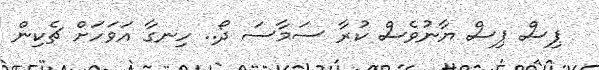
ޕިސް ޕިސް ޔާނުވެސް ކުރާ ސަމާސަ ދޯ.. ހިނގާ އަވަހަށް ޗެކިން